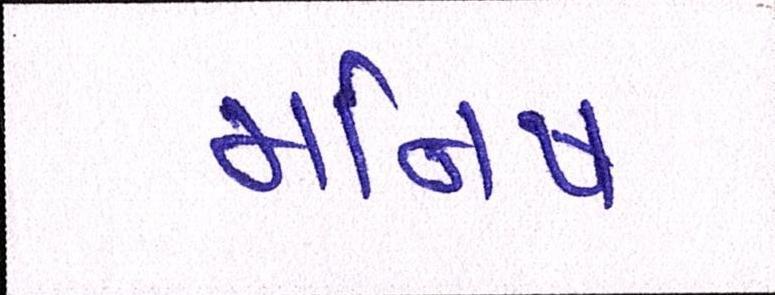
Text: મનિષ